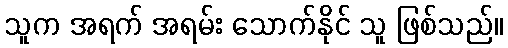
သူက အရက် အရမ်း သောက်နိုင် သူ ဖြစ်သည်။